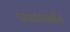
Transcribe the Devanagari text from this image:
पंधरवड्यातील